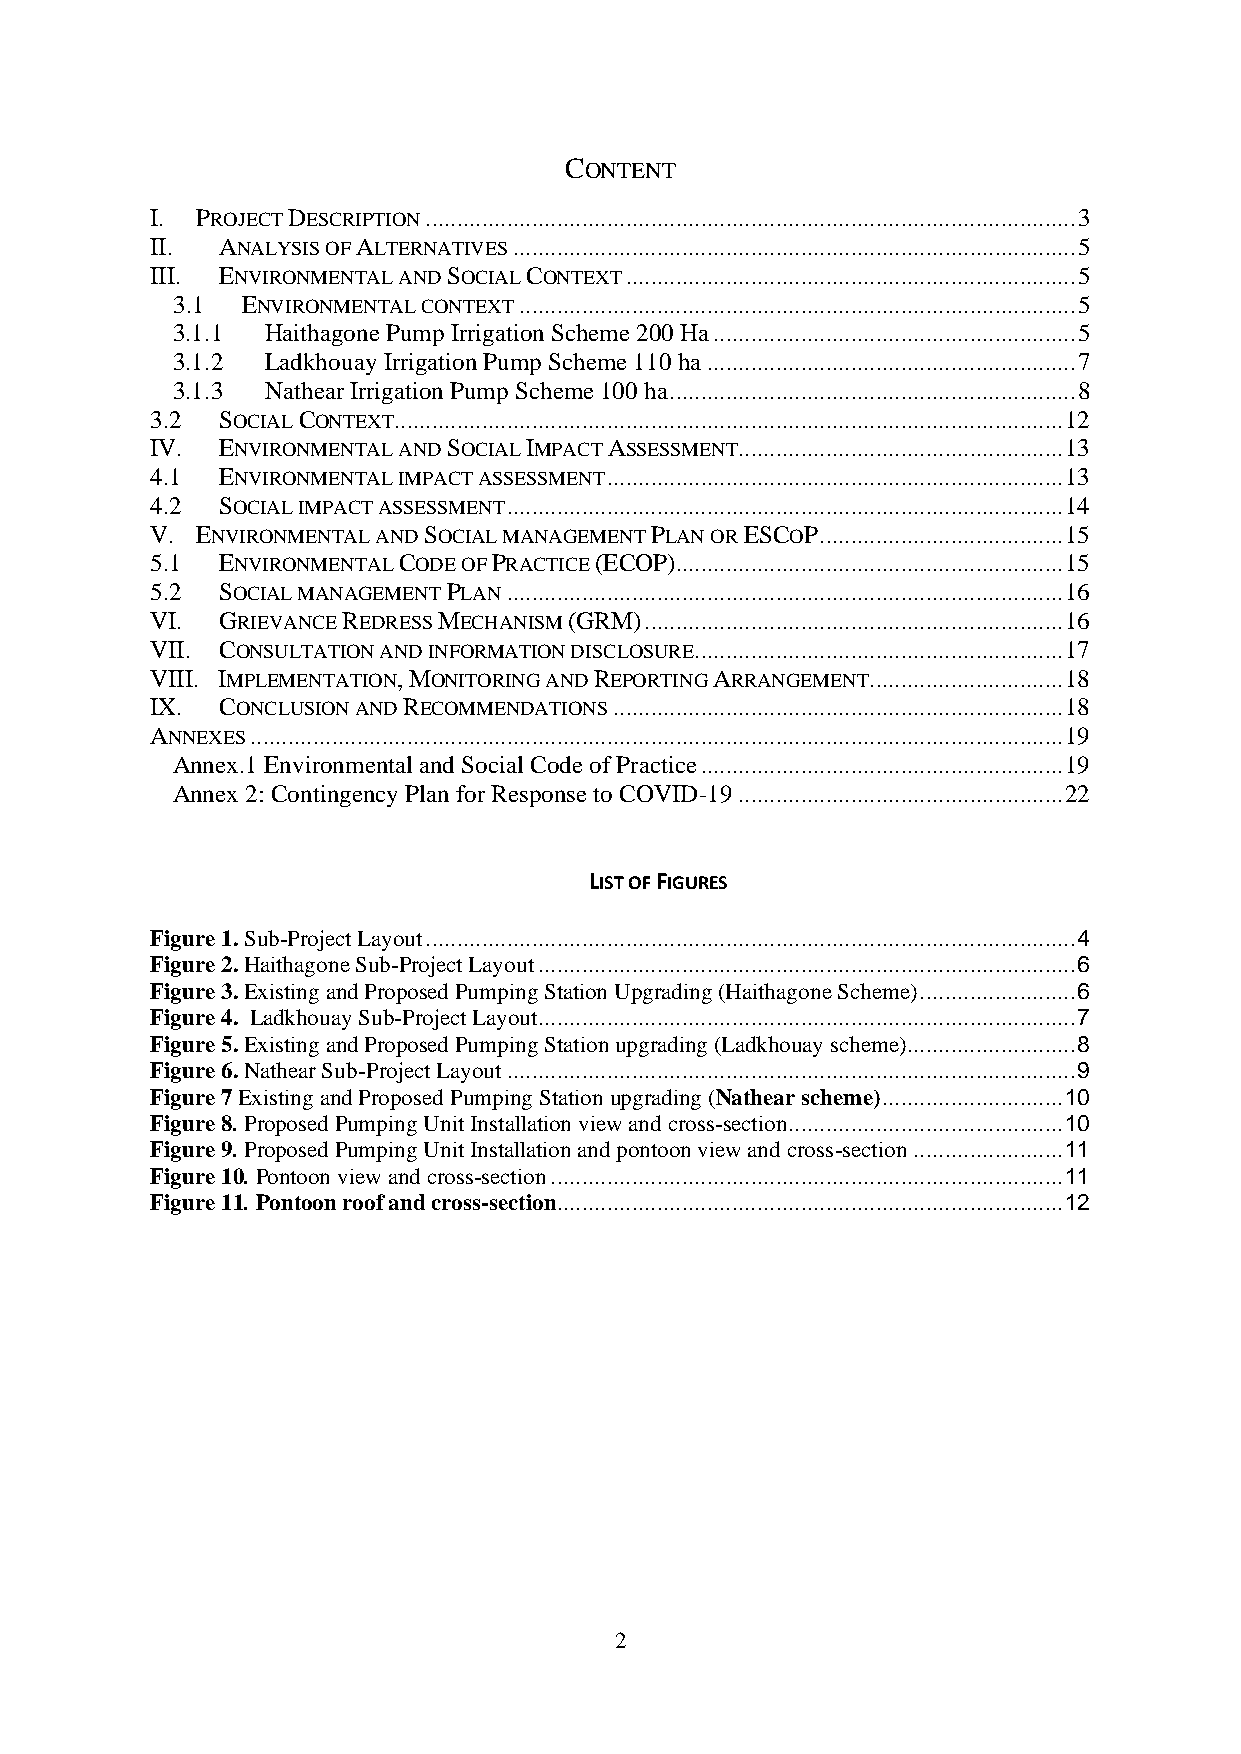
CONTENT
 I. PROJECT DESCRIPTION ........................................................................................................ 3
 II. ANALYSIS OF ALTERNATIVES .......................................................................................... 5
 III. ENVIRONMENTAL AND SOCIAL CONTEXT ........................................................................ 5
 3.1  ENVIRONMENTAL CONTEXT ......................................................................................... 5
 3.1.1  Haithagone Pump Irrigation Scheme 200 Ha .......................................................... 5
 3.1.2  Ladkhouay Irrigation Pump Scheme 110 ha ........................................................... 7
 3.1.3  Nathear Irrigation Pump Scheme 100 ha ................................................................. 8
 3.2 SOCIAL CONTEXT........................................................................................................... 12
 IV. ENVIRONMENTAL AND SOCIAL IMPACT ASSESSMENT.................................................... 13
 4.1 ENVIRONMENTAL IMPACT ASSESSMENT ......................................................................... 13
 4.2 SOCIAL IMPACT ASSESSMENT ......................................................................................... 14
 V. ENVIRONMENTAL AND SOCIAL MANAGEMENT PLAN OR ESCOP ....................................... 15
 5.1 ENVIRONMENTAL CODE OF PRACTICE (ECOP).............................................................. 15
 5.2 SOCIAL MANAGEMENT PLAN ......................................................................................... 16
 VI. GRIEVANCE REDRESS MECHANISM (GRM) ................................................................... 16
 VII. CONSULTATION AND INFORMATION DISCLOSURE ........................................................... 17
 VIII. IMPLEMENTATION, MONITORING AND REPORTING ARRANGEMENT ............................... 18
 IX. CONCLUSION AND RECOMMENDATIONS ........................................................................ 18
 ANNEXES .................................................................................................................................. 19
 Annex.1 Environmental and Social Code of Practice .......................................................... 19
 Annex 2: Contingency Plan for Response to COVID-19 .................................................... 22
 LIST OF FIGURES
 Figure 1. Sub-Project Layout ........................................................................................................ 4
 Figure 2. Haithagone Sub-Project Layout ...................................................................................... 6
 Figure 3. Existing and Proposed Pumping Station Upgrading (Haithagone Scheme) ......................... 6
 Figure 4. Ladkhouay Sub-Project Layout ...................................................................................... 7
 Figure 5. Existing and Proposed Pumping Station upgrading (Ladkhouay scheme)........................... 8
 Figure 6. Nathear Sub-Project Layout ........................................................................................... 9
 Figure 7 Existing and Proposed Pumping Station upgrading (Nathear scheme) ............................. 10
 Figure 8. Proposed Pumping Unit Installation view and cross-section ............................................ 10
 Figure 9. Proposed Pumping Unit Installation and pontoon view and cross-section ........................ 11
 Figure 10. Pontoon view and cross-section .................................................................................. 11
 Figure 11. Pontoon roof and cross-section................................................................................. 12
 2